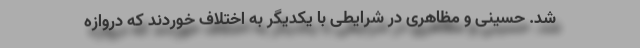
شد. حسینی و مظاهری در شرایطی با یکدیگر به اختلاف خوردند که دروازه